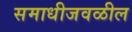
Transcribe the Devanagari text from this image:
समाधीजवळील